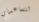
لتساعدني